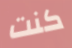
كنت